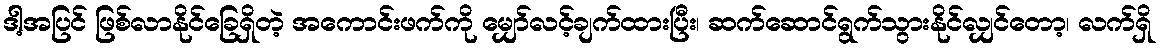
ဒါ့အပြင် ဖြစ်လာနိုင်ခြေရှိတဲ့ အကောင်းဖက်ကို မျှော်လင့်ချက်ထားပြီး၊ ဆက်ဆောင်ရွက်သွားနိုင်လျှင်တော့၊ လက်ရှိ